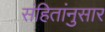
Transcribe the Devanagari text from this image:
संहितांनुसार